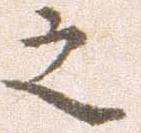
之